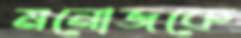
মনোজকে